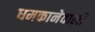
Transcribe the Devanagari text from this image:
धमकानेवाली